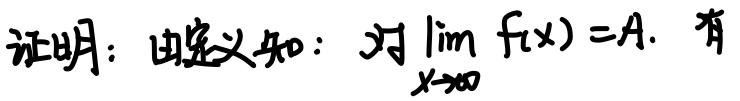
证明：由定义知：对$\lim_{x \to \infty} f(x)=A$，有